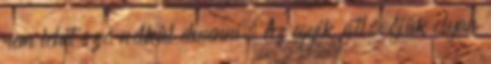
nem lehet szó nélkül elmenni. Az egyik átlövőjük olyan